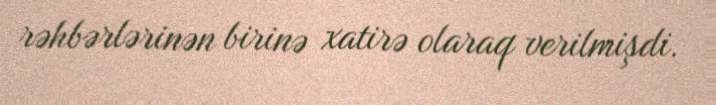
rəhbərlərinən birinə xatirə olaraq verilmişdi.